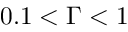
0 . 1 < \Gamma < 1